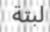
لبتة